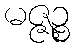
မဇ္ဇဉ္စ